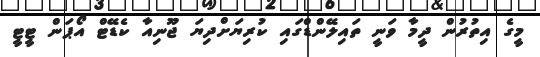
މީގެ އިތުރުން ދީމާ ވަނީ ތައިލޭންޑްގައި ކުރިޔަށްދިޔަ ޖޫނިއާ ކެޑޭޓް އޯޕަން ޓީޓީ